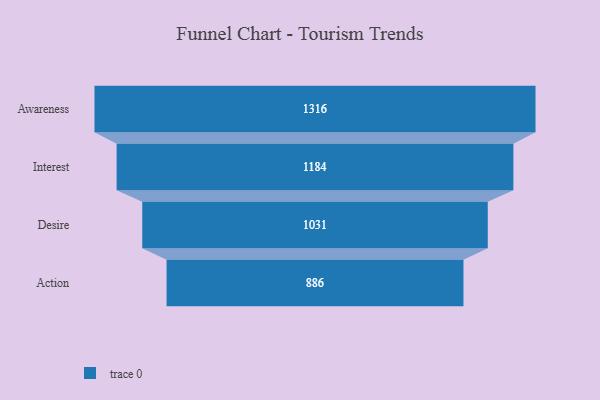
{"axis": {"x": "Stage", "y": "Value"}, "legend": [""], "data": [{"x": "Awareness", "y": 1316.0, "type": ""}, {"x": "Interest", "y": 1184.0, "type": ""}, {"x": "Desire", "y": 1031.0, "type": ""}, {"x": "Action", "y": 886.0, "type": ""}]}